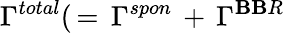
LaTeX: \Gamma^{total}(\, =\, \Gamma^{spon}\, +\, \Gamma^{\mathbf{B}\mathbf{B}R}